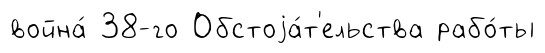
война́ 38-го Обстоjа́т'ельства рабо́ты